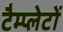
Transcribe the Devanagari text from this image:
टैम्प्लेटों